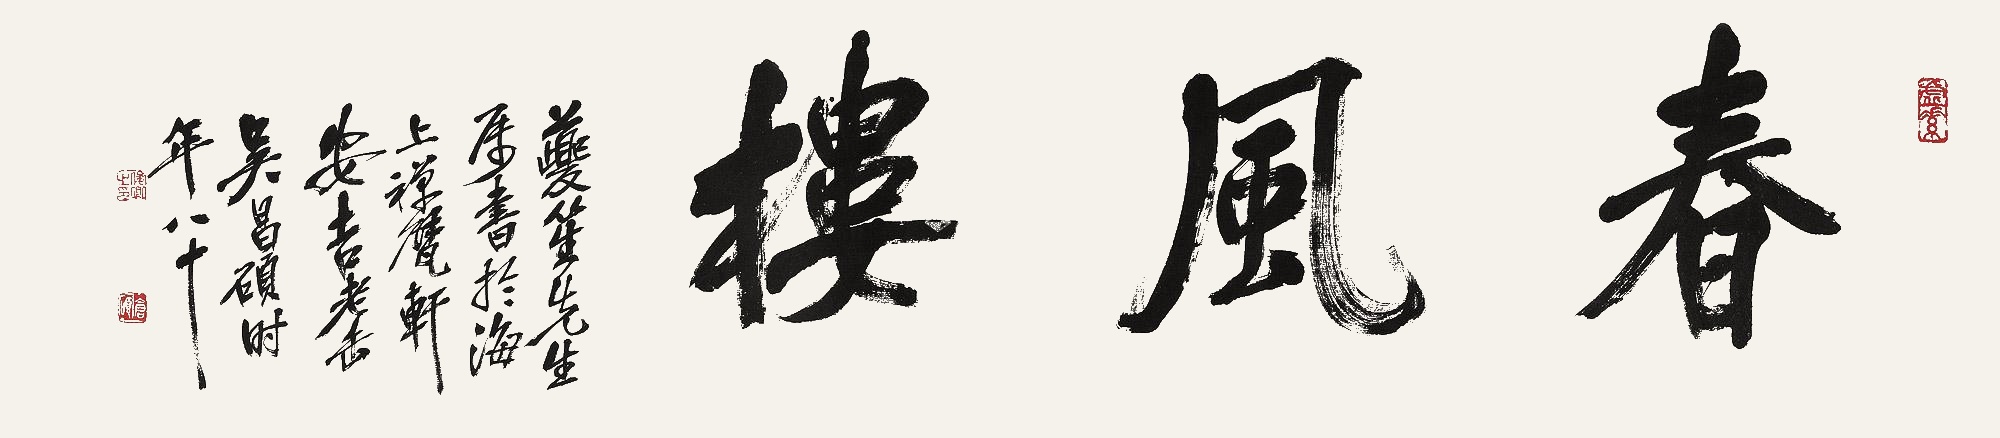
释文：春风楼。夔笙先生属书于海上禅甓轩，安吉老缶吴昌硕时年八十。